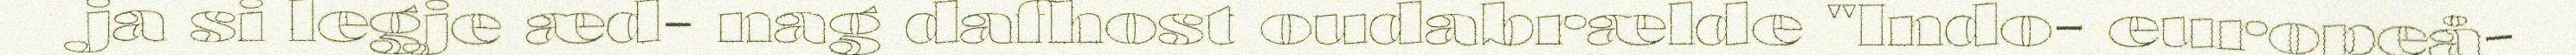
ja si legje æd- nag dafhost oudabrælde "Indo- europeå-